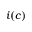
i ( c )